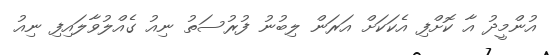
އުންމީދު އާ ކޮށްފި އެކަކަށް އަރަން ލިބުނު ފުރުސަތު ނިއު ގެއްލުވާލައިފި ނިއު